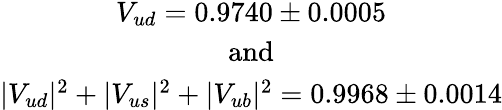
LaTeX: \begin{array}{c}{{V_{ud}=0.9740\pm 0.0005}}\\ {{\mathrm{and}}}\\ {{|V_{ud}|^{2}+|V_{us}|^{2}+|V_{ub}|^{2}=0.9968\pm 0.0014}}\end{array}